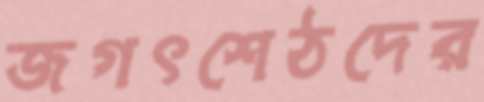
জগৎশেঠদের